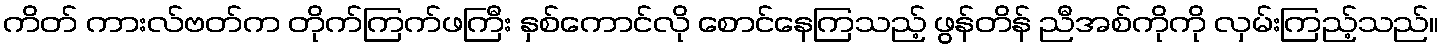
ကိတ် ကားလ်ဗတ်က တိုက်ကြက်ဖကြီး နှစ်ကောင်လို စောင်နေကြသည့် ဖွန်တိန် ညီအစ်ကိုကို လှမ်းကြည့်သည်။